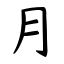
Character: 月